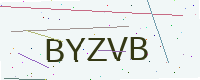
Text: BYZVB